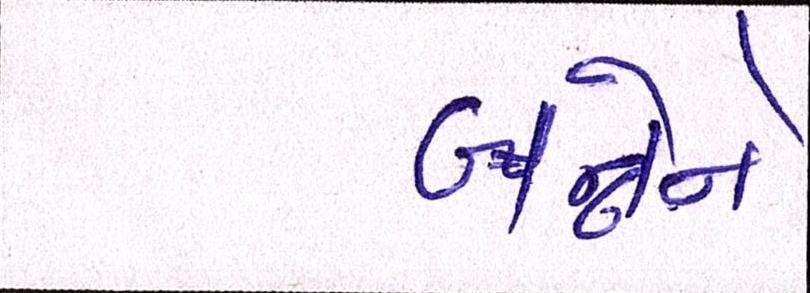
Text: બન્નેને